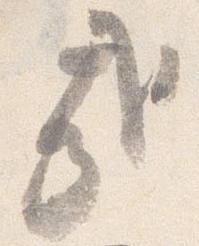
哉